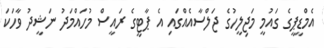
އެމްޑީޕީގެ ގައުމީ މަޖިލީހުގެ ޖަލްސާއެއްގައި އެ ޕާޓީގެ ރައީސް މުހައްމަދު ނަޝީދު ވާހަކަ